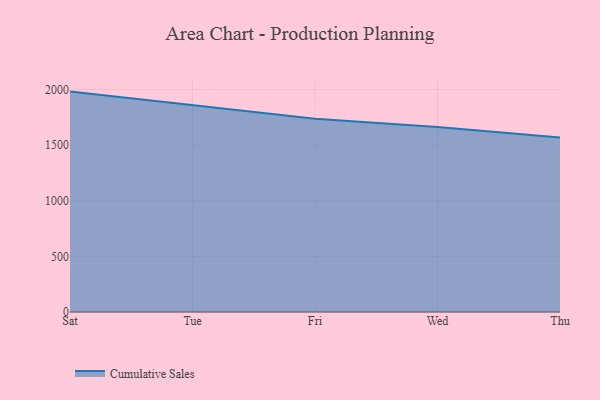
{"axis": {"x": "Day", "y": "Active Users"}, "legend": ["Cumulative Sales"], "data": [{"x": "Sat", "y": 1981.7, "type": "Cumulative Sales"}, {"x": "Tue", "y": 1859.8, "type": "Cumulative Sales"}, {"x": "Fri", "y": 1738.1, "type": "Cumulative Sales"}, {"x": "Wed", "y": 1663.9, "type": "Cumulative Sales"}, {"x": "Thu", "y": 1569.7, "type": "Cumulative Sales"}]}